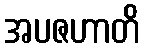
အပဇဟာတိ